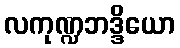
လကုဏ္ဍဘဒ္ဒိယော